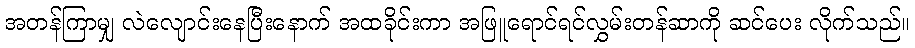
အတန်ကြာမျှ လဲလျောင်းနေပြီးနောက် အထခိုင်းကာ အဖြူရောင်ရင်လွှမ်းတန်ဆာကို ဆင်ပေး လိုက်သည်။